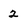
Character: 2